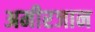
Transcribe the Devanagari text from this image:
अमीरजान